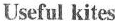
Useful kites